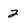
Character: 2